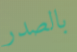
بالصدر